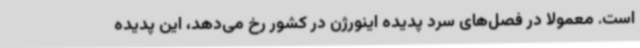
است. معمولاً در فصل‌های سرد پدیده اینورژن در کشور رخ می‌دهد، این پدیده